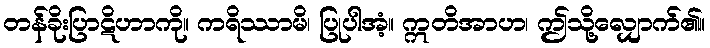
တန်ခိုးပြာဋိဟာကို။ ကရိဿာမိ၊ ပြုပါအံ့။ ဣတိအာဟ၊ ဤသို့လျှောက်၏။